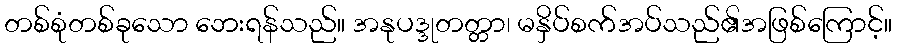
တစ်စုံတစ်ခုသော ဘေးရန်သည်။ အနုပဒ္ဒုတတ္တာ၊ မနှိပ်စက်အပ်သည်၏အဖြစ်ကြောင့်။